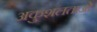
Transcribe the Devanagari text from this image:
अकुशलताओं